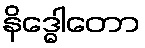
နိဒ္ဓေါတော